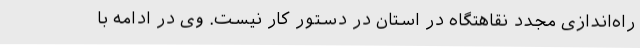
راه‌اندازی مجدد نقاهتگاه در استان در دستور کار نیست. وی در ادامه با